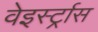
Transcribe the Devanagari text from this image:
वेइर्स्ट्रास